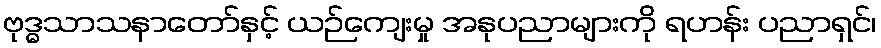
ဗုဒ္ဓသာသနာတော်နှင့် ယဉ်ကျေးမှု အနုပညာများကို ရဟန်း ပညာရှင်၊